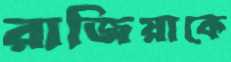
রাজিয়াকে